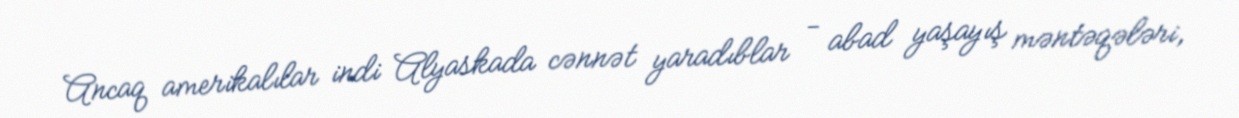
Ancaq amerikalılar indi Alyaskada cənnət yaradıblar - abad yaşayış məntəqələri,